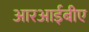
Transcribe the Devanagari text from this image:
आरआईबीए